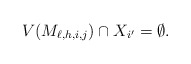
\begin{align*}V(M_{\ell,h,i,j})\cap X_{i'}=\emptyset.\end{align*}